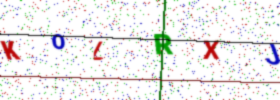
Text: KOLRXJ